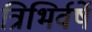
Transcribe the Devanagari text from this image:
त्रिभिर्वर्षे